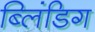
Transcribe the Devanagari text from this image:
ब्लिंडिग